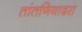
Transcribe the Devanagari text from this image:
तांतणियादरा